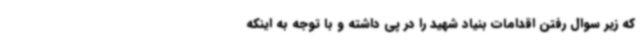
که زیر سوال رفتن اقدامات بنیاد شهید را در پی داشته و با توجه به اینکه